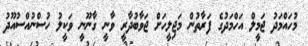
މުހައްމަދު ޖަމީލް އަހްމަދުގެ ފަރާތުން މަޖިލީހަށް ޖަވާބުދާރީ ވާނީ ގާނޫނީ ވަކީލު ހުސްނުއްސުއޫދު